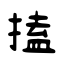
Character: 搕